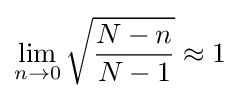
\lim _{n\to 0}{\sqrt {\frac {N-n}{N-1}}}\approx 1